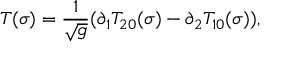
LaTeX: T ( \sigma ) = \frac { 1 } { \sqrt { g } } ( \partial _ { 1 } T _ { 2 0 } ( \sigma ) - \partial _ { 2 } T _ { 1 0 } ( \sigma ) ) ,